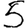
Digit: 5